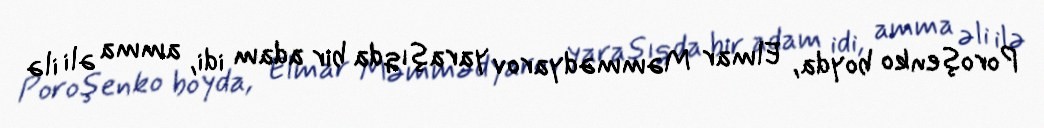
Poroşenko boyda, Elmar Məmmədyarov yaraşıqda bir adam idi, amma əli ilə